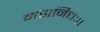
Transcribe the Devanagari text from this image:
महानिधः।।